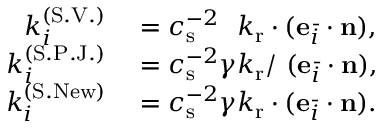
\begin{array} { r l } { k _ { i } ^ { ( \mathrm { S . V . } ) } } & { { } = c _ { \mathrm { s } } ^ { - 2 } \ \ k _ { \mathrm { r } } \cdot ( \mathbf { e } _ { \bar { i } } \cdot \mathbf { n } ) , } \\ { k _ { i } ^ { ( \mathrm { S . P . J . } ) } } & { { } = c _ { \mathrm { s } } ^ { - 2 } \gamma k _ { \mathrm { r } } / \ ( \mathbf { e } _ { \bar { i } } \cdot \mathbf { n } ) , } \\ { k _ { i } ^ { ( \mathrm { S . N e w } ) } } & { { } = c _ { \mathrm { s } } ^ { - 2 } \gamma k _ { \mathrm { r } } \cdot ( \mathbf { e } _ { \bar { i } } \cdot \mathbf { n } ) . } \end{array}